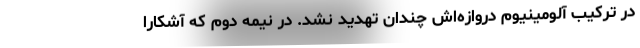
در ترکیب آلومینیوم دروازه‌اش چندان تهدید نشد. در نیمه دوم که آشکارا